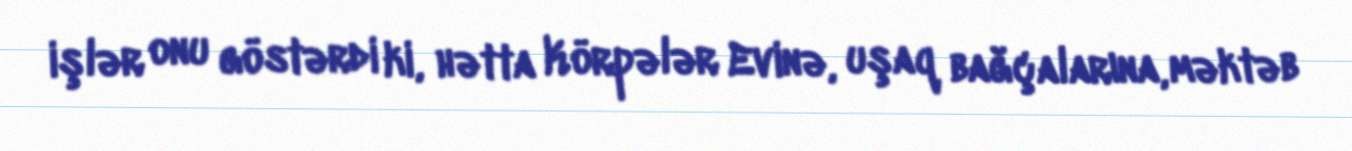
işlər onu göstərdi ki, hətta Körpələr Evinə, uşaq bağçalarına, məktəb